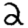
Digit: 2